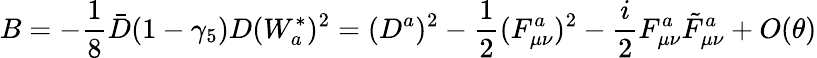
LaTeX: B=-\frac{1}{8}\bar{D}(1-\gamma_{5})D(W_{a}^{*})^{2}=(D^{a})^{2}-\frac{1}{2}(F_{\mu\nu}^{a})^{2}-\frac{i}{2}F_{\mu\nu}^{a}\tilde{F}_{\mu\nu}^{a}+O(\theta)